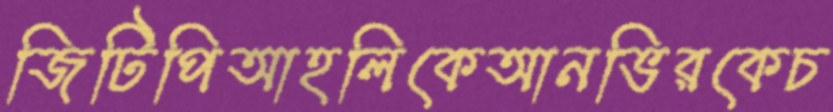
জিটিপিআহলিকেআনভিরকেচ